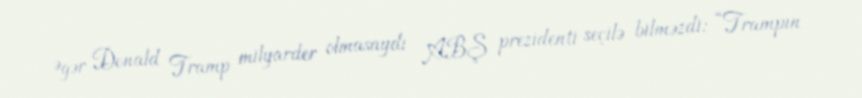
Əgər Donald Tramp milyarder olmasaydı ABŞ prezidenti seçilə bilməzdi: “Trampın